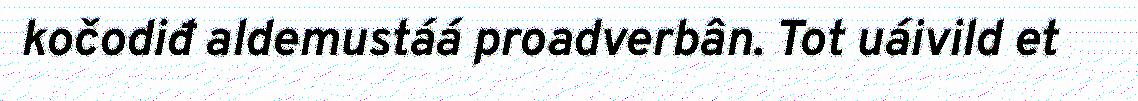
kočodiđ aldemustáá proadverbân. Tot uáivild et